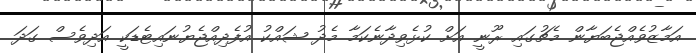
އަމާޒުވެއްޖެބަޔާން މެޗުގައި ރޫނީ އަށް ކުޅެވިދާނެކަމާ މެދު ޝައްކު އުފެދިއްޖެޔުނައިޓެޑަކީ އަދިވެސް ގަދަ